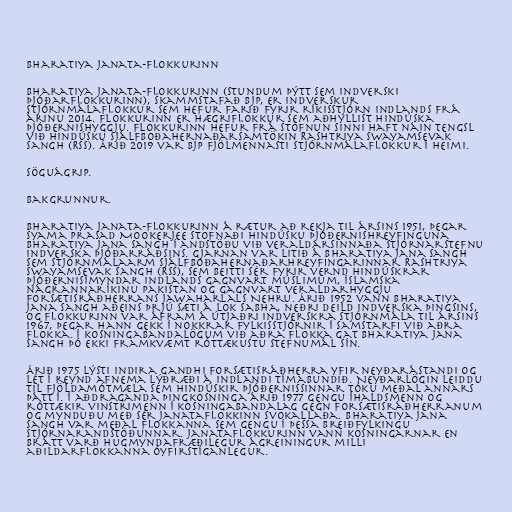
Bharatiya Janata-flokkurinn

Bharatiya Janata-flokkurinn (stundum þýtt sem Indverski
þjóðarflokkurinn), skammstafað BJP, er indverskur
stjórnmálaflokkur sem hefur farið fyrir ríkisstjórn Indlands frá
árinu 2014. Flokkurinn er hægriflokkur sem aðhyllist hindúska
þjóðernishyggju. Flokkurinn hefur frá stofnun sinni haft náin tengsl
við hindúsku sjálfboðahernaðarsamtökin Rashtriya Swayamsevak
Sangh (RSS). Árið 2019 var BJP fjölmennasti stjórnmálaflokkur í heimi.

Söguágrip.

Bakgrunnur.

Bharatiya Janata-flokkurinn á rætur að rekja til ársins 1951, þegar
Syama Prasad Mookerjee stofnaði hindúsku þjóðernishreyfinguna
Bharatiya Jana Sangh í andstöðu við veraldarsinnaða stjórnarstefnu
Indverska þjóðarráðsins. Gjarnan var litið á Bharatiya Jana Sangh
sem stjórnmálaarm sjálfboðahernaðarhreyfingarinnar Rashtriya
Swayamsevak Sangh (RSS), sem beitti sér fyrir vernd hindúskrar
þjóðernisímyndar Indlands gagnvart múslimum, íslamska
nágrannaríkinu Pakistan og gagnvart veraldarhyggju
forsætisráðherrans Jawaharlals Nehru. Árið 1952 vann Bharatiya
Jana Sangh aðeins þrjú sæti á Lok Sabha, neðri deild indverska þingsins,
og flokkurinn var áfram á útjaðri indverskra stjórnmála til ársins
1967, þegar hann gekk í nokkrar fylkisstjórnir í samstarfi við aðra
flokka. Í kosningabandalögum við aðra flokka gat Bharatiya Jana
Sangh þó ekki framkvæmt róttækustu stefnumál sín.

Árið 1975 lýsti Indira Gandhi forsætisráðherra yfir neyðarástandi og
lét í reynd afnema lýðræði á Indlandi tímabundið. Neyðarlögin leiddu
til fjöldamótmæla sem hindúskir þjóðernissinnar tóku meðal annars
þátt í. Í aðdraganda þingkosninga árið 1977 gengu íhaldsmenn og
róttækir vinstrimenn í kosningabandalag gegn forsætisráðherranum
og mynduðu með sér Janataflokkinn svokallaða. Bharatiya Jana
Sangh var meðal flokkanna sem gengu í þessa breiðfylkingu
stjórnarandstöðunnar. Janataflokkurinn vann kosningarnar en
brátt varð hugmyndafræðilegur ágreiningur milli
aðildarflokkanna óyfirstíganlegur.